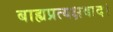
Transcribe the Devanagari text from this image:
बाह्यप्रत्यक्षवाद।